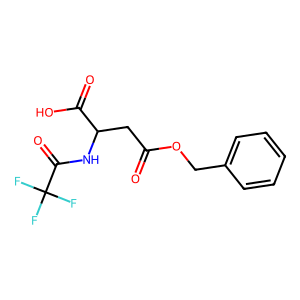
SMILES: O=C(CC(NC(=O)C(F)(F)F)C(=O)O)OCc1ccccc1
Inhibits HIV replication: No